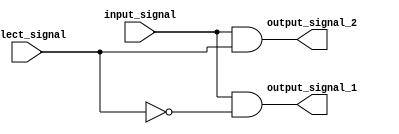
module demux_1to2 (
    input wire input_signal,
    input wire select_signal,
    output reg output_signal_1,
    output reg output_signal_2
);

always @* begin
    output_signal_1 = input_signal & ~select_signal;
    output_signal_2 = input_signal & select_signal;
end

endmodule